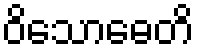
ဝိသောဓေတိ